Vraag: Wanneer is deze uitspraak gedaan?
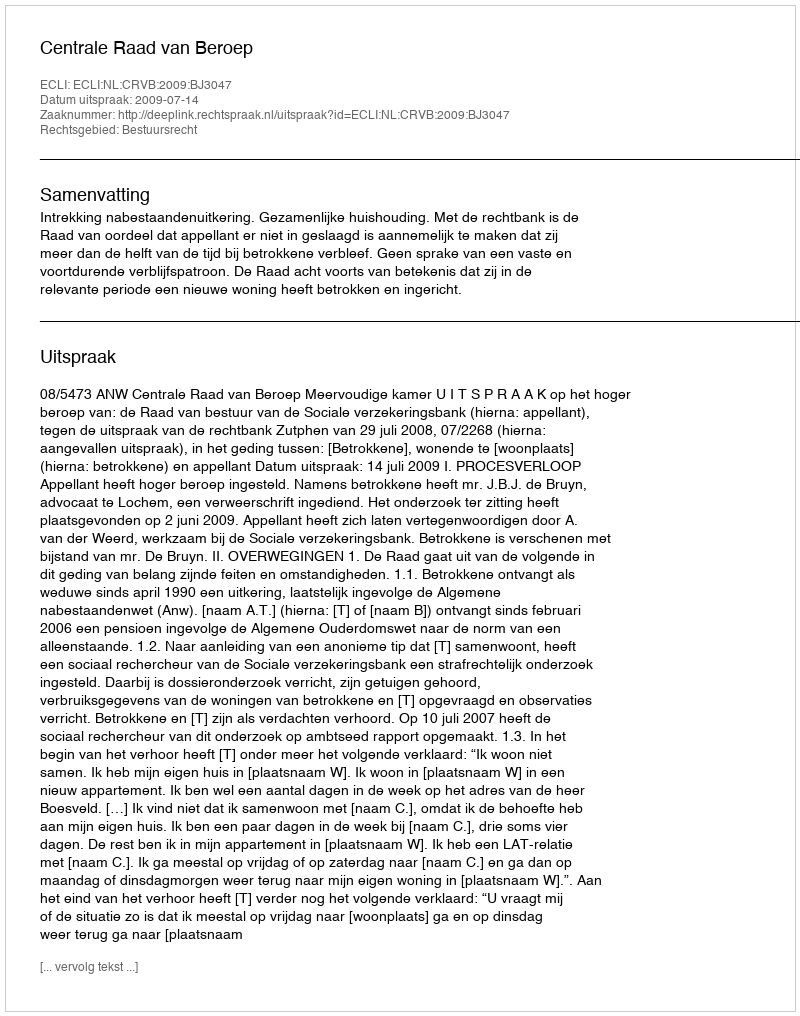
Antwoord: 2009-07-14